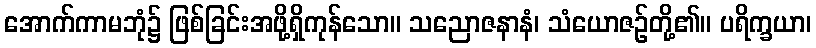
အောက်ကာမဘုံ၌ ဖြစ်ခြင်းအဖို့ရှိကုန်သော။ သညောဇနာနံ၊ သံယောဇဉ်တို့၏။ ပရိက္ခယာ၊